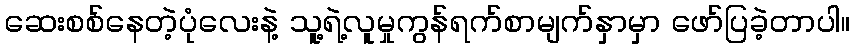
ဆေးစစ်နေတဲ့ပုံလေးနဲ့ သူ့ရဲ့လူမှုကွန်ရက်စာမျက်နှာမှာ ဖော်ပြခဲ့တာပါ။